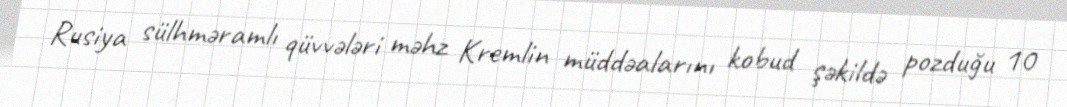
Rusiya sülhməramlı qüvvələri məhz Kremlin müddəalarını kobud şəkildə pozduğu 10